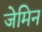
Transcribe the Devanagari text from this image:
जेमिन